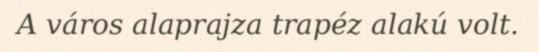
A város alaprajza trapéz alakú volt.